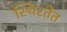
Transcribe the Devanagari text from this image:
स्थिरतेत